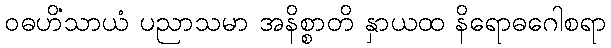
ဝဓဟိံသာယံ ပညာသမာ အနိစ္စာတိ နှာယထ နိရောဓဂေါစရာ